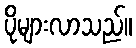
ပိုများလာသည်။